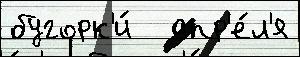
бугорк'и́   апр'е́л'я